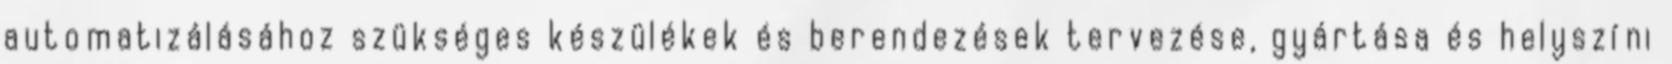
automatizálásához szükséges készülékek és berendezések tervezése, gyártása és helyszíni